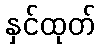
နှင်ထုတ်